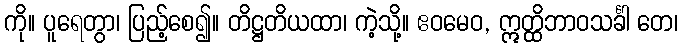
ကို။ ပူရေတွာ၊ ပြည့်စေ၍။ တိဋ္ဌတိယထာ၊ ကဲ့သို့။ ဧဝမေဝ, ဣတ္ထိဘာဝသင်္ခါ တေ၊